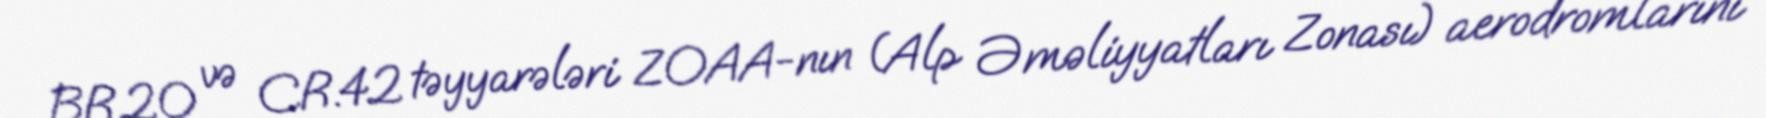
BR.20 və CR.42 təyyarələri ZOAA-nın (Alp Əməliyyatları Zonası) aerodromlarını